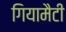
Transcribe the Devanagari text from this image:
गियामैटी